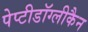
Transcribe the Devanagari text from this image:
पेप्टीडॉग्लीकैन